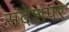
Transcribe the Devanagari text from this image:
संदेशपर